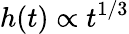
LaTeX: h(t)\propto t^{1/3}